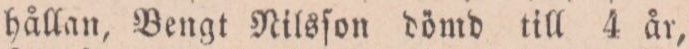
hållan, Bengt Nilsſon dömd till 4 år,